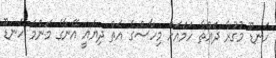
ހަނޑޫ މުގުރާ ދައްތާ ހަމައަށް މިހާސްގެ އަތް ދިޔައީ އޭނާގެ މަންމަ ހަނޑޫ